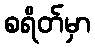
စရိတ်မှာ